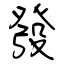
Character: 發